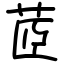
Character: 茝